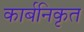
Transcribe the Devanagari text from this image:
कार्बनिकृत